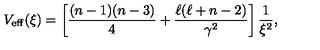
V _ { \mathrm { e f f } } ( \xi ) = \left[ \frac { ( n - 1 ) ( n - 3 ) } { 4 } + \frac { \ell ( \ell + n - 2 ) } { \gamma ^ { 2 } } \right] \frac { 1 } { \xi ^ { 2 } } ,